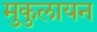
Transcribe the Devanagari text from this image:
मुकुलायन